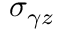
\sigma _ { \gamma z }